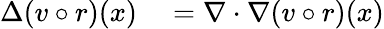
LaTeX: \begin{array}{rl}{\Delta(v\circ r)(x)}&{{}=\nabla\cdot\nabla(v\circ r)(x)}\end{array}